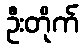
ဦးတိုက်